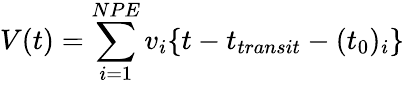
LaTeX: V(t)=\sum_{i=1}^{NPE}v_{i}\{ t-t_{transit}-(t_{0})_{i}\}